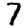
Digit: 7